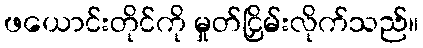
ဖယောင်းတိုင်ကို မှုတ်ငြှိမ်းလိုက်သည်။